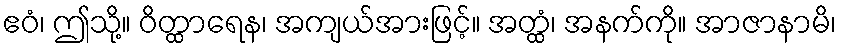
ဧဝံ၊ ဤသို့။ ဝိတ္ထာရေန၊ အကျယ်အားဖြင့်။ အတ္ထံ၊ အနက်ကို။ အာဇာနာမိ၊